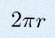
2\pi r